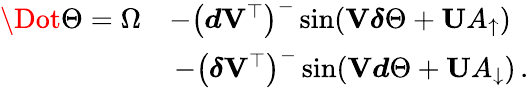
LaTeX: \begin{array}{rl}{\Dot{\Theta}=\Omega}&{-\left(\boldsymbol{d}\mathbf{V}^{\top}\right)^{-}\sin(\mathbf{V}\boldsymbol{\delta}\Theta+\mathbf{U}A_{\uparrow})}\\ &{\, -\left(\boldsymbol{\delta}\mathbf{V}^{\top}\right)^{-}\sin(\mathbf{V}\boldsymbol{d}\Theta+\mathbf{U}A_{\downarrow})\, .}\end{array}